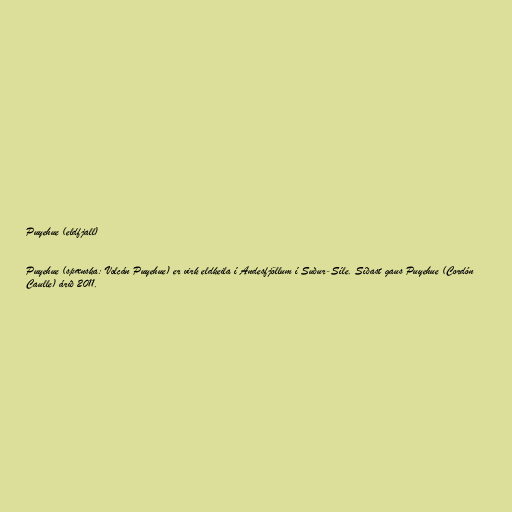
Puyehue (eldfjall)

Puyehue (spænska: Volcán Puyehue) er virk eldkeila í Andesfjöllum í Suður-Síle. Síðast gaus Puyehue (Cordón
Caulle) árið 2011.